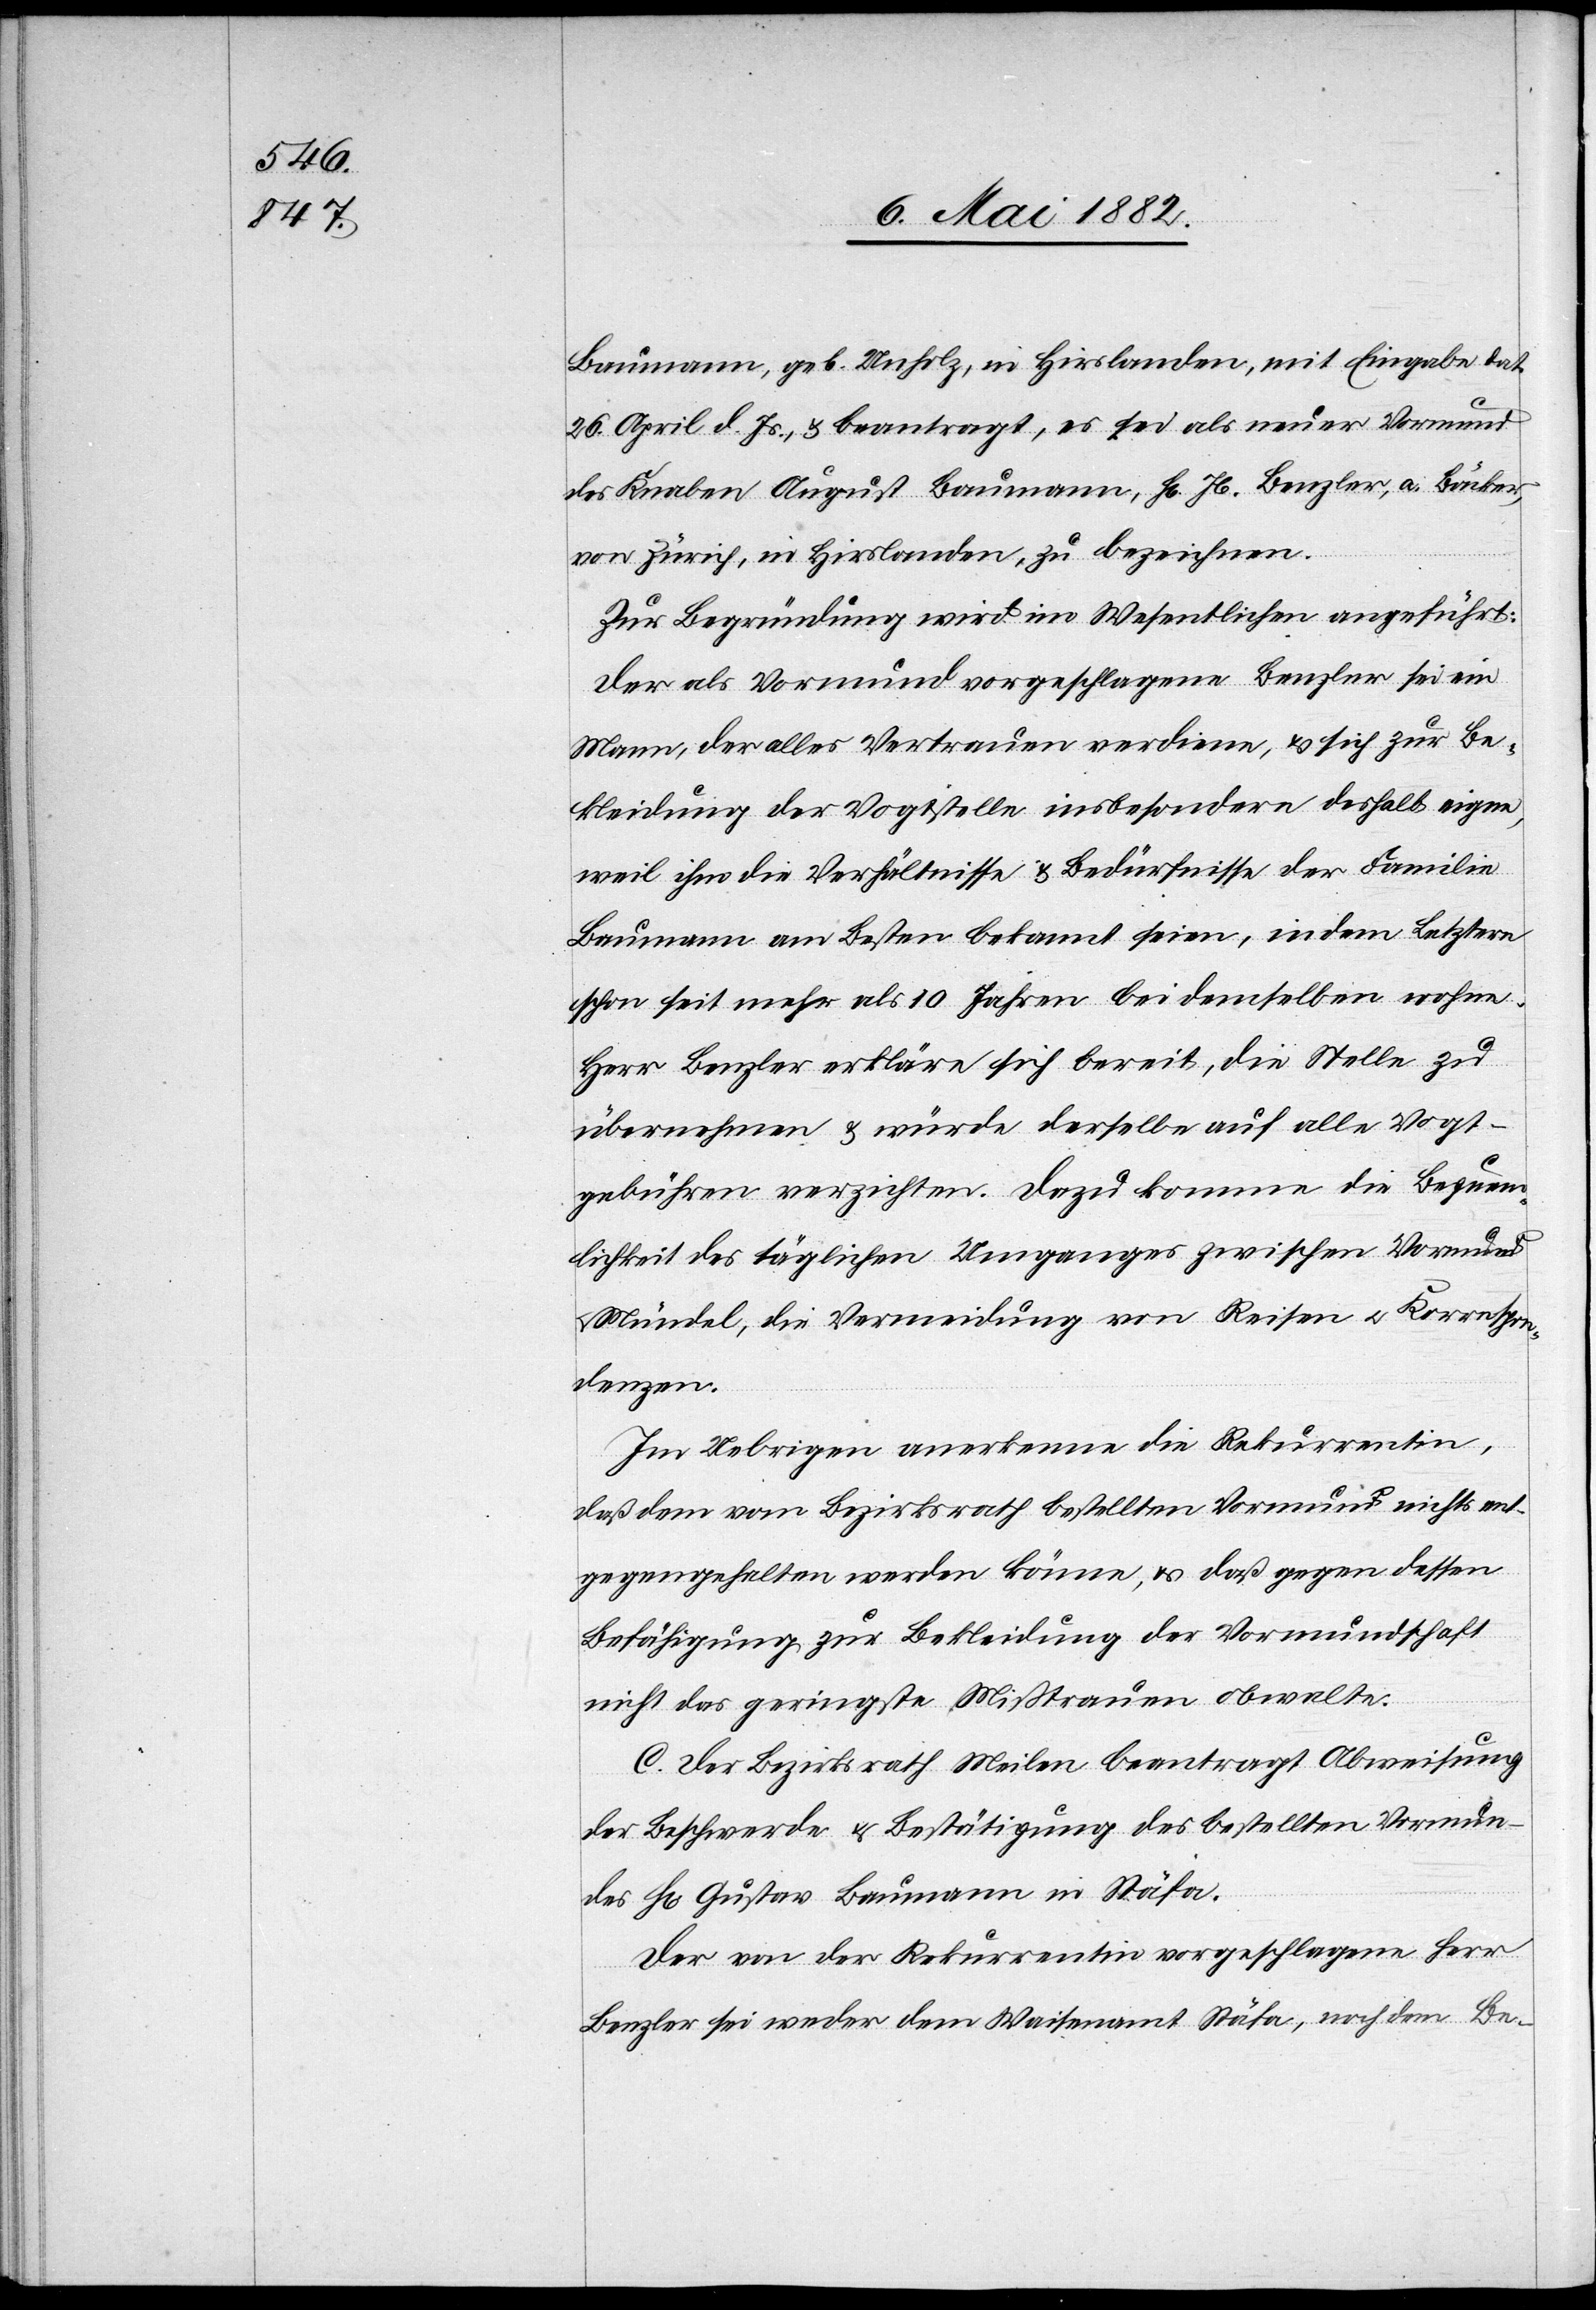
Baumann, geb. Unholz, in Hirslanden mit Eingabe dat.
26. April d. Js., & beantragt, es sei als neuer Vormund
des Knaben August Baumann, Hr. Jb. Benzler, a. Bäcker,
von Zürich, in Hirslanden, zu bezeichnen.
Zur Begründung wird im Wesentlichen angeführt:
Der als Vormund vorgeschlagene Benzler sei ein
Mann, der alles Vertrauen verdiene, & sich zur Be¬
kleidung der Vogtstelle insbesondere deshalb eigne,
weil ihm die Verhältnisse & Bedürfnisse der Familie
Baumann am Besten [sic!] bekannt seien, indem Letztere
schon seit mehr als 10 Jahren bei demselben wohne.
Herr Benzler erkläre sich bereit, die Stelle zu
übernehmen & würde derselbe auf alle Vogt¬
gebühren verzichten. Dazu komme die Bequem¬
lichkeit des täglichen Umganges zwischen Vormund
Mündel, die Vermeidung von Reisen u. Korrespon¬
denzen.
Im Uebrigen anerkenne die Rekurrentin,
daß dem vom Bezirksrath bestellten Vormund nichts ent¬
gegengehalten werden könne, u. daß gegen dessen
Befähigung zur Bekleidung der Vormundschaft
nicht das geringste Mißtrauen obwalte.
C. Der Bezirksrath Meilen beantragt Abweisung
der Beschwerde u. Bestätigung des bestellten Vormun¬
des H[rn]. Gustav Baumann in Stäfa.
Der von der Rekurrentin vorgeschlagene Herr
Benzler sei weder dem Waisenamt Stäfa, noch dem Be-